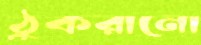
ঠুকরানো